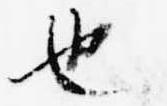
也